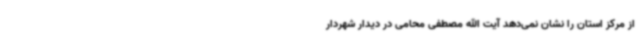
از مرکز استان را نشان نمی‌دهد آیت الله مصطفی محامی در دیدار شهردار